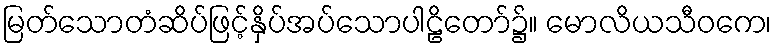
မြတ်သောတံဆိပ်ဖြင့်နှိပ်အပ်သောပါဠိတော်၌။ မောလိယသီဝကေ၊